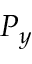
P _ { y }